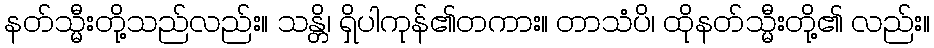
နတ်သ္မီးတို့သည်လည်း။ သန္တိ၊ ရှိပါကုန်၏တကား။ တာသံပိ၊ ထိုနတ်သ္မီးတို့၏ လည်း။